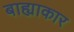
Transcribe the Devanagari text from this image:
बाह्याकार